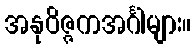
အနုဝိဇ္ဇကအင်္ဂါများ။